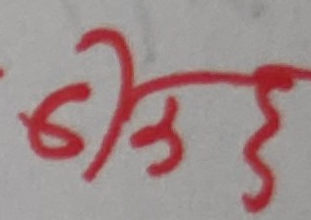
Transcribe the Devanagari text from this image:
चोत्रई